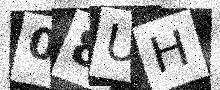
Text: 08UH